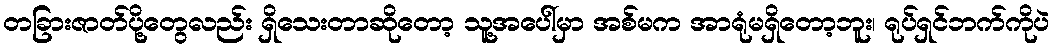
တခြားဇာတ်ပို့တွေလည်း ရှိသေးတာဆိုတော့ သူ့အပေါ်မှာ အစ်မက အာရုံမရှိတော့ဘူး၊ ရုပ်ရှင်ဘက်ကိုပဲ